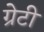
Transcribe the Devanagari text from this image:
ग्रेटी